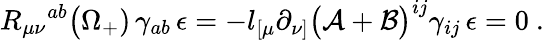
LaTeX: R_{\mu\nu}{}^{ab}\bigl(\Omega_{+})\, \gamma_{ab}\, \epsilon=-l_{[\mu}\partial_{\nu]}\bigl({\cal A}+{\cal B}\bigr)^{ij}\gamma_{ij}\, \epsilon=0\ .